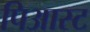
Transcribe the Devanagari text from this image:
पिआस्ट